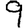
Digit: 9